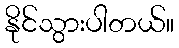
နိုင်သွားပါတယ်။